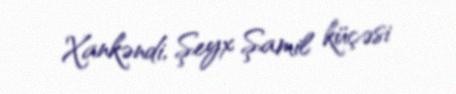
Xankəndi, Şeyx Şamil küçəsi